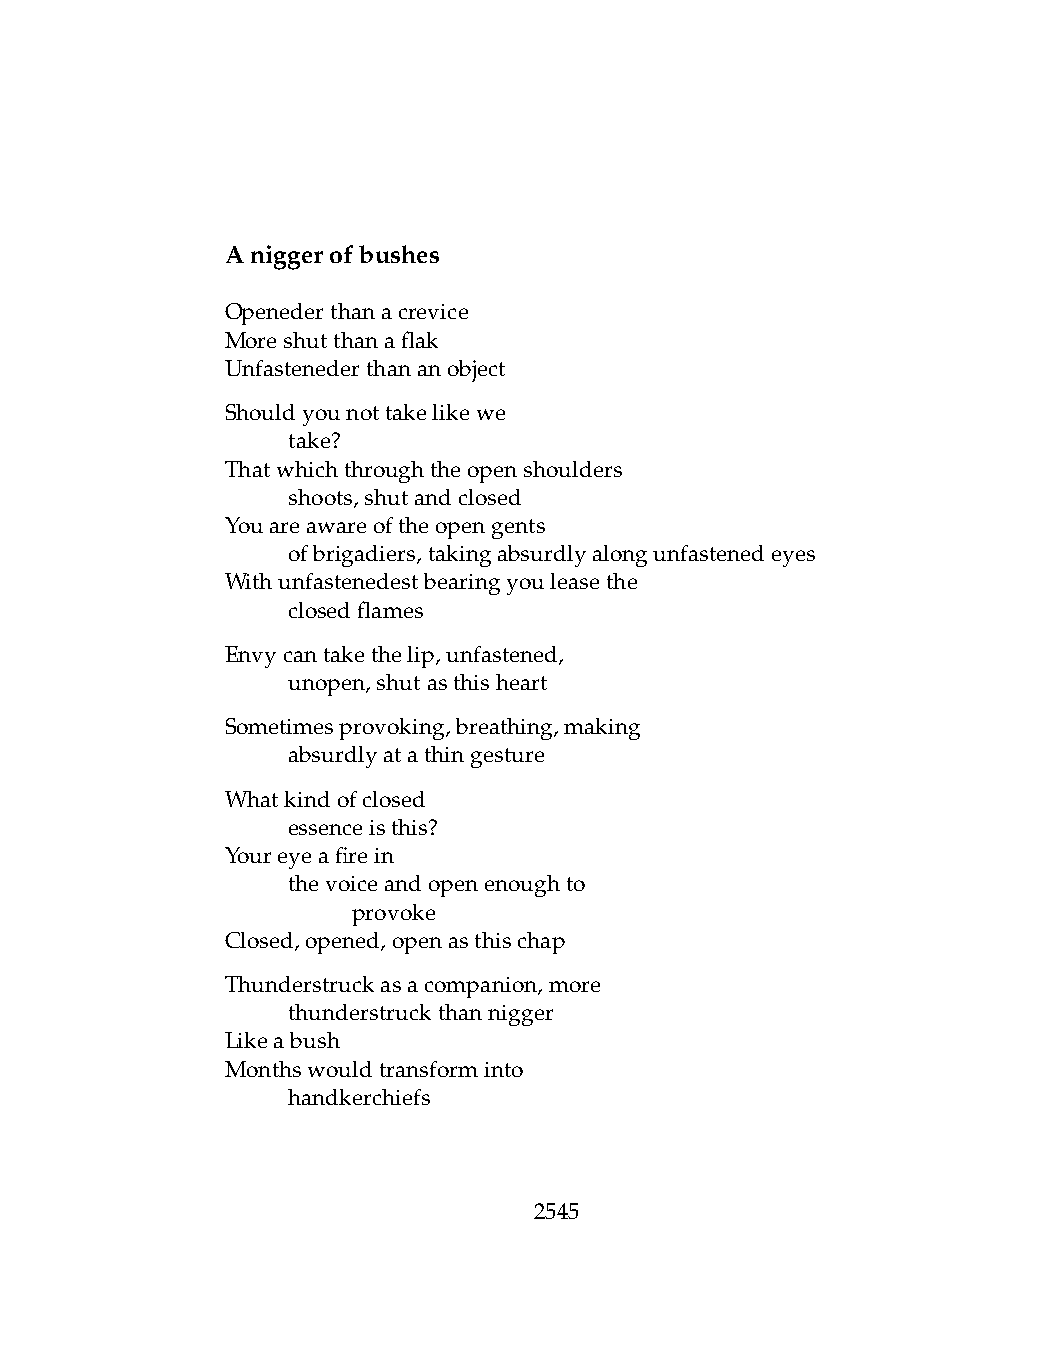
Aniggerofbushes
 Openederthanacrevice
 Moreshutthanaflak
 Unfastenederthananobject
 Shouldyounottakelikewe
 .   take?
 Thatwhichthroughtheopenshoulders
 .   shoots,shutandclosed
 Youareawareoftheopengents
 .   ofbrigadiers,takingabsurdlyalongunfastenedeyes
 Withunfastenedestbearingyouleasethe
 .   closedflames
 Envycantakethelip,unfastened,
 .   unopen,shutasthisheart
 Sometimesprovoking,breathing,making
 .   absurdlyatathingesture
 Whatkindofclosed
 .   essenceisthis?
 Youreyeafirein
 .   thevoiceandopenenoughto
 .   .   provoke
 Closed,opened,openasthischap
 Thunderstruckasacompanion,more
 .   thunderstruckthannigger
 Likeabush
 Monthswouldtransforminto
 .   handkerchiefs
 2545